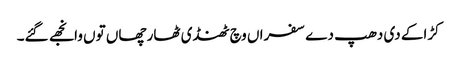
کڑاکے دی دھپ دے سفراں وچ ٹھنڈی ٹھار چھاں توں وانجھے گئے۔